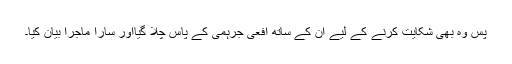
پس وہ بھی شکایت کرنے کے لیے ان کے ساتھ افعی جرہمی کے پاس چلا گیااور سارا ماجرا بیان کیا۔